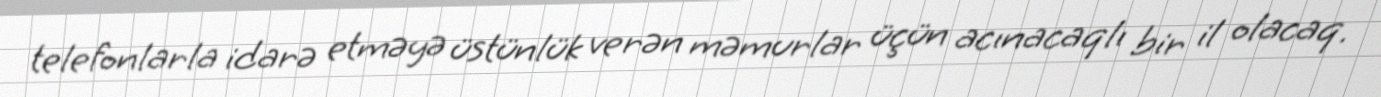
telefonlarla idarə etməyə üstünlük verən məmurlar üçün acınacaqlı bir il olacaq.